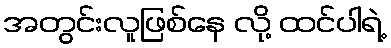
အတွင်းလူဖြစ်နေ လို့ ထင်ပါရဲ့